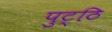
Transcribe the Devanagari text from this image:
पुट्ठि